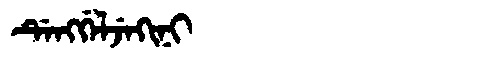
Manchu: ᡩᡝᠩᡤᡝᠯᠵᡝᡴᡳᠨᡳ
Romanization: DENGGELJEKINI